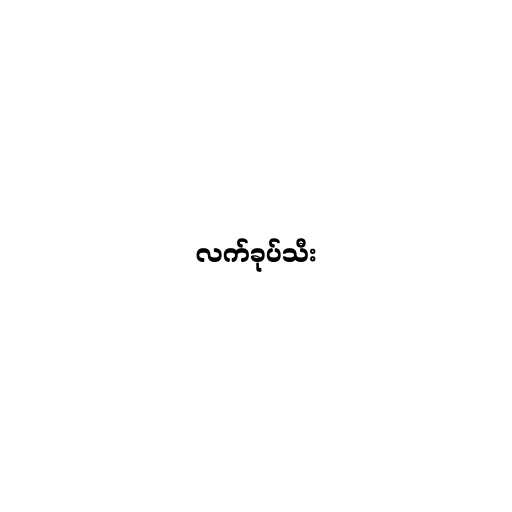
လက်ခုပ်သီး